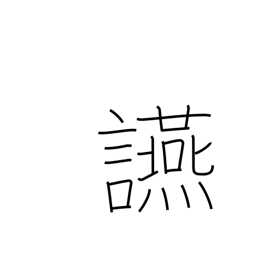
Meaning: banquet